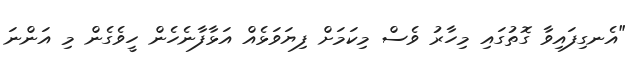
"އެނގިފައިވާ ގޮތުގައި މިހާރު ވެސް މިކަމަށް ފިޔަވަޅެއް އަޅާފާނެހެން ހީވެެގެން މި އަންނަ